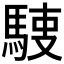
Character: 𩣬